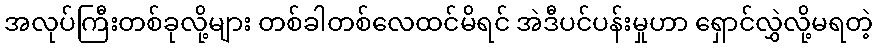
အလုပ်ကြီးတစ်ခုလို့များ တစ်ခါတစ်လေထင်မိရင် အဲဒီပင်ပန်းမှုဟာ ရှောင်လွှဲလို့မရတဲ့